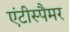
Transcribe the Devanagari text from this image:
एंटीस्पैमर